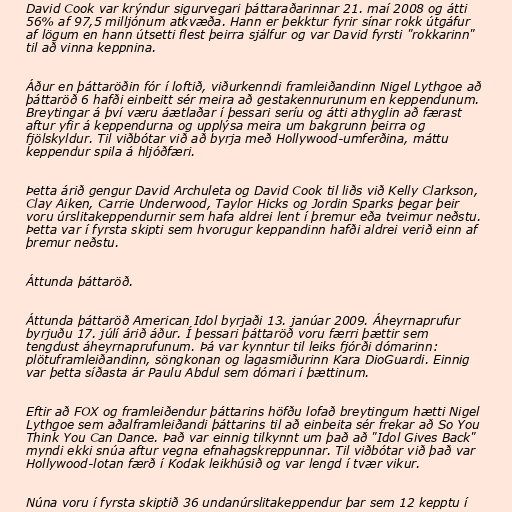
David Cook var krýndur sigurvegari þáttaraðarinnar 21. maí 2008 og átti
56% af 97,5 milljónum atkvæða. Hann er þekktur fyrir sínar rokk útgáfur
af lögum en hann útsetti flest þeirra sjálfur og var David fyrsti "rokkarinn"
til að vinna keppnina.

Áður en þáttaröðin fór í loftið, viðurkenndi framleiðandinn Nigel Lythgoe að
þáttaröð 6 hafði einbeitt sér meira að gestakennurunum en keppendunum.
Breytingar á því væru áætlaðar í þessari seríu og átti athyglin að færast
aftur yfir á keppendurna og upplýsa meira um bakgrunn þeirra og
fjölskyldur. Til viðbótar við að byrja með Hollywood-umferðina, máttu
keppendur spila á hljóðfæri.

Þetta árið gengur David Archuleta og David Cook til liðs við Kelly Clarkson,
Clay Aiken, Carrie Underwood, Taylor Hicks og Jordin Sparks þegar þeir
voru úrslitakeppendurnir sem hafa aldrei lent í þremur eða tveimur neðstu.
Þetta var í fyrsta skipti sem hvorugur keppandinn hafði aldrei verið einn af
þremur neðstu.

Áttunda þáttaröð.

Áttunda þáttaröð American Idol byrjaði 13. janúar 2009. Áheyrnaprufur
byrjuðu 17. júlí árið áður. Í þessari þáttaröð voru færri þættir sem
tengdust áheyrnaprufunum. Þá var kynntur til leiks fjórði dómarinn:
plötuframleiðandinn, söngkonan og lagasmiðurinn Kara DioGuardi. Einnig
var þetta síðasta ár Paulu Abdul sem dómari í þættinum.

Eftir að FOX og framleiðendur þáttarins höfðu lofað breytingum hætti Nigel
Lythgoe sem aðalframleiðandi þáttarins til að einbeita sér frekar að So You
Think You Can Dance. Það var einnig tilkynnt um það að "Idol Gives Back"
myndi ekki snúa aftur vegna efnahagskreppunnar. Til viðbótar við það var
Hollywood-lotan færð í Kodak leikhúsið og var lengd í tvær vikur.

Núna voru í fyrsta skiptið 36 undanúrslitakeppendur þar sem 12 kepptu í